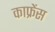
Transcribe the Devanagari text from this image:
काफ्रेंस